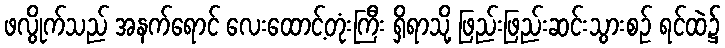
ဖလွိုက်သည် အနက်ရောင် လေးထောင့်တုံးကြီး ရှိရာသို့ ဖြည်းဖြည်းဆင်းသွားစဉ် ရင်ထဲ၌